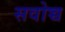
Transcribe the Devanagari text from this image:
सवोच्च